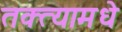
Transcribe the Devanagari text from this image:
तक्त्यामधे